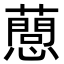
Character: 𢤘